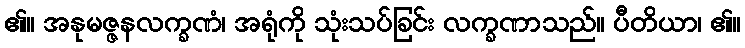
၏။ အနုမဇ္ဇနလက္ခဏံ၊ အရုံကို သုံးသပ်ခြင်း လက္ခဏာသည်။ ပီတိယာ၊ ၏။